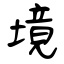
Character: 境